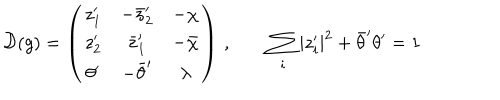
LaTeX: { \cal D } ( g ) = \left( \begin{array} { c c c } { { z _ { 1 } ^ { \prime } } } & { { - \bar { z } _ { 2 } ^ { \prime } } } & { { - \chi } } \\ { { z _ { 2 } ^ { \prime } } } & { { \bar { z } _ { 1 } ^ { \prime } } } & { { - \bar { \chi } } } \\ { { \theta ^ { \prime } } } & { { - \bar { \theta } ^ { \prime } } } & { { \lambda } } \\ \end{array} \right) \, , \quad \quad \sum _ { i } | z _ { i } ^ { \prime } | ^ { 2 } + \bar { \theta } ^ { \prime } \theta ^ { \prime } = 1